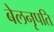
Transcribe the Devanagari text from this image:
बेलनृपति